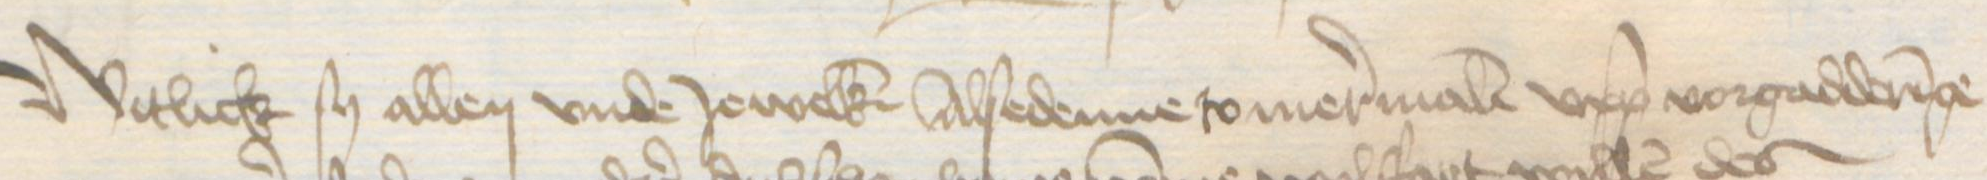
Transcription: Witlich sy allen vnde Jewelken Alsedenne so mermalen upp vorgadderinge